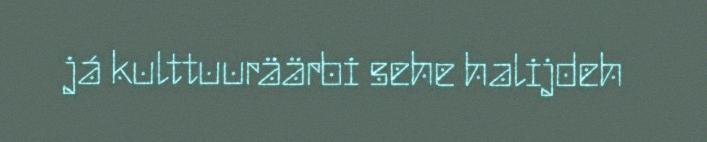
já kulttuuräärbi sehe halijdeh